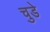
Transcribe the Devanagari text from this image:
चुडे